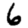
Digit: 6